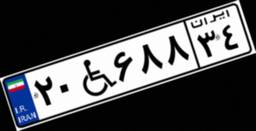
۲۰W۶۸۸۳۴